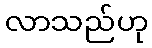
လာသည်ဟု